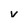
Character: v